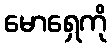
မောရှေကို